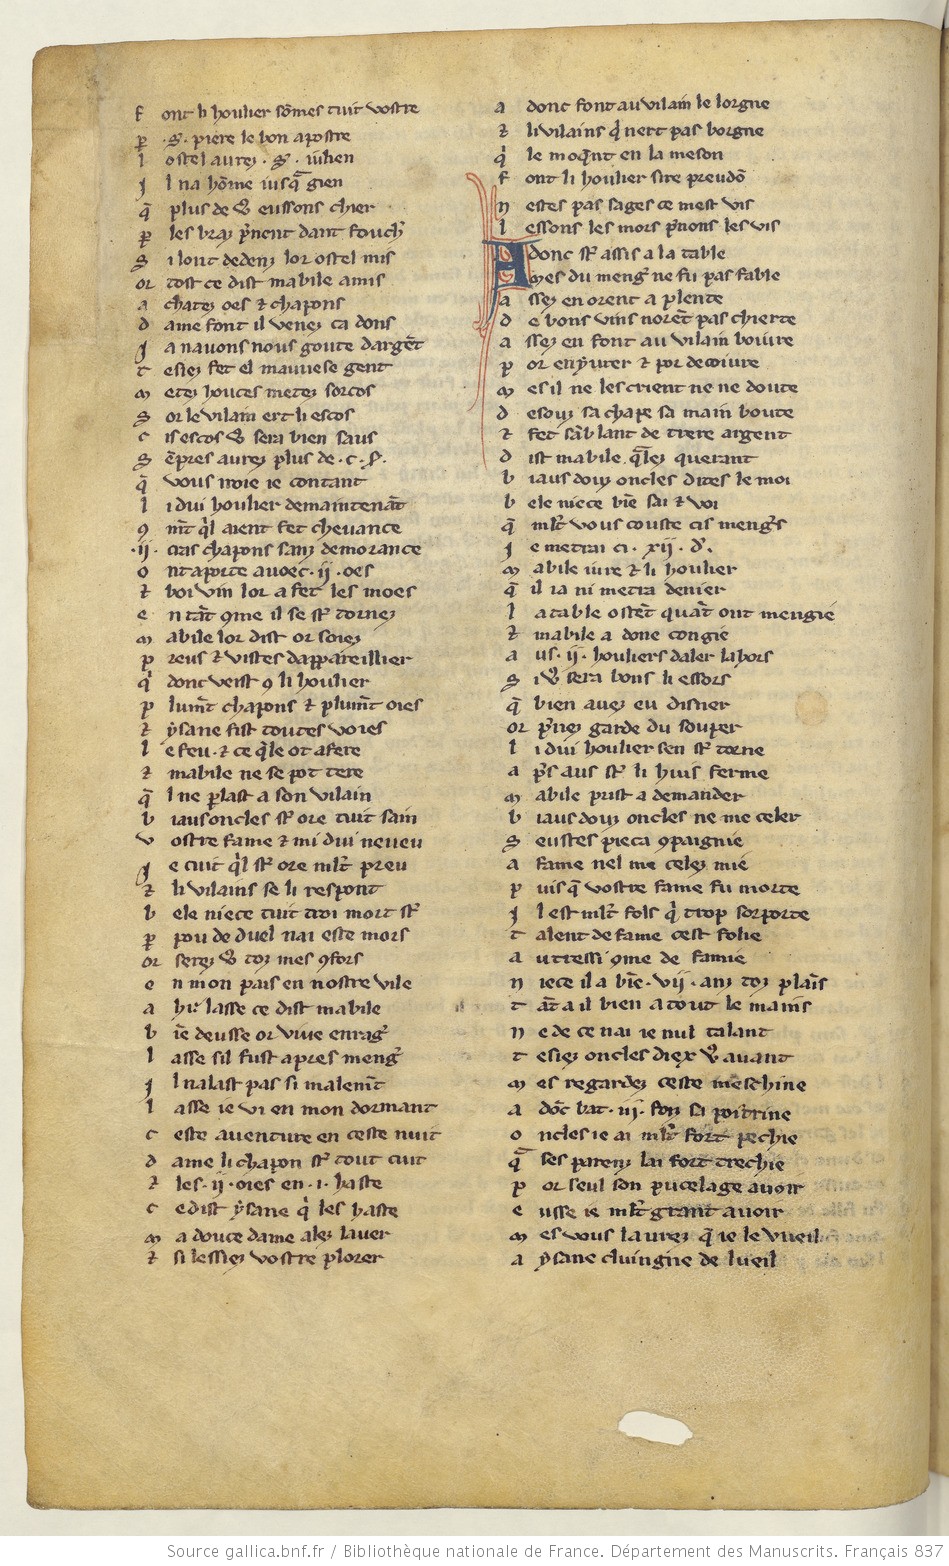
Shelfmark: Paris, BnF, fr. 837
Century: 13